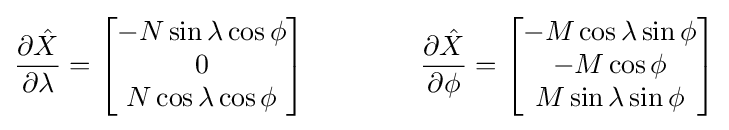
{\frac {\partial {\hat {X}}}{\partial \lambda }}=\left[{\begin{matrix}-N\sin {\lambda }\cos {\phi }\\0\\N\cos {\lambda }\cos {\phi }\end{matrix}}\right]\qquad \qquad {\frac {\partial {\hat {X}}}{\partial \phi }}=\left[{\begin{matrix}-M\cos {\lambda }\sin {\phi }\\-M\cos {\phi }\\M\sin {\lambda }\sin {\phi }\end{matrix}}\right]